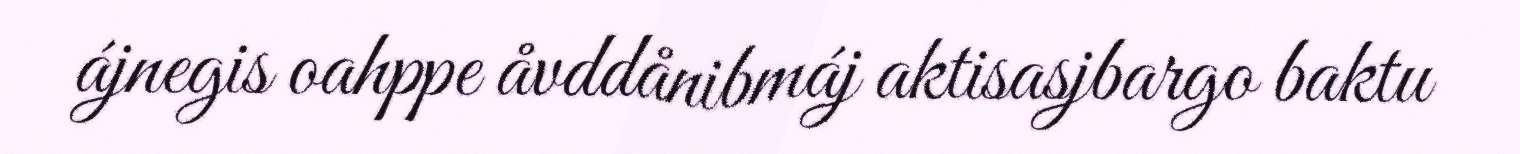
ájnegis oahppe åvddånibmáj aktisasjbargo baktu